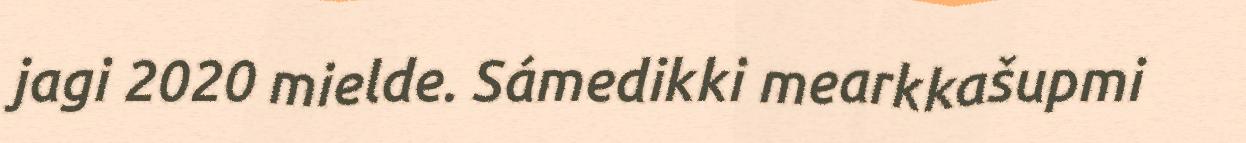
jagi 2020 mielde. Sámedikki mearkkašupmi